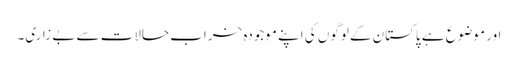
اور موضوع ہے پاکستان کے لوگوں کی اپنے موجودہ خراب حالات سے بے زاری۔